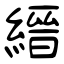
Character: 縉